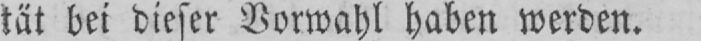
tät bei dieser Vorwahl haben werden.